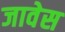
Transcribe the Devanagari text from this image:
जावेस